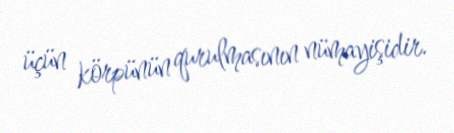
üçün körpünün qurulmasının nümayişidir.